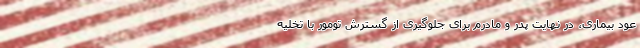
عود بیماری، در نهایت پدر و مادرم برای جلوگیری از گسترش تومور با تخلیه